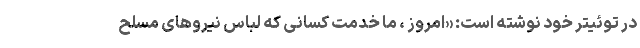
در توئیتر خود نوشته است: «امروز ، ما خدمت کسانی که لباس نیروهای مسلح